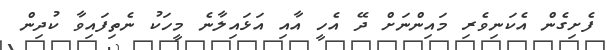
ފެށިގެން އެކަނިވެރި މައިންނަށް ދޭ އެހީ އާއި އަޅައިލާނެ މީހަކު ނެތިފައިވާ ކުދިން